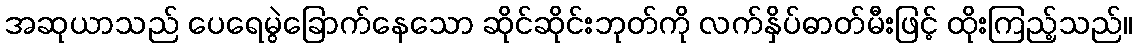
အဆုယာသည် ပေရေမွဲခြောက်နေသော ဆိုင်ဆိုင်းဘုတ်ကို လက်နှိပ်ဓာတ်မီးဖြင့် ထိုးကြည့်သည်။